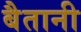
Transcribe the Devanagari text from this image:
बैतानी